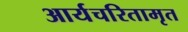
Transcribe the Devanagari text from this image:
आर्यचरितामृत